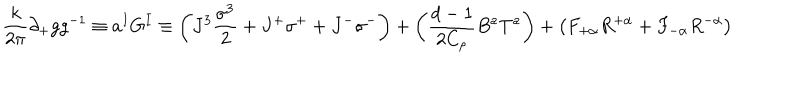
LaTeX: \frac { k } { 2 \pi } \partial _ { + } g g ^ { - 1 } \equiv a ^ { I } G ^ { I } \equiv \left( J ^ { 3 } \frac { \sigma ^ { 3 } } { 2 } + J ^ { + } \sigma ^ { + } + J ^ { - } \sigma ^ { - } \right) + \left( \frac { d - 1 } { 2 C _ { \rho } } B ^ { a } T ^ { a } \right) + \left( F _ { + \alpha } R ^ { + \alpha } + F _ { - \alpha } R ^ { - \alpha } \right)